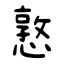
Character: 憝